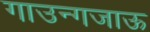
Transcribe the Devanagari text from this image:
गाउन्गजाऊ